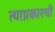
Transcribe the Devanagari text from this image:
त्याप्रकारची